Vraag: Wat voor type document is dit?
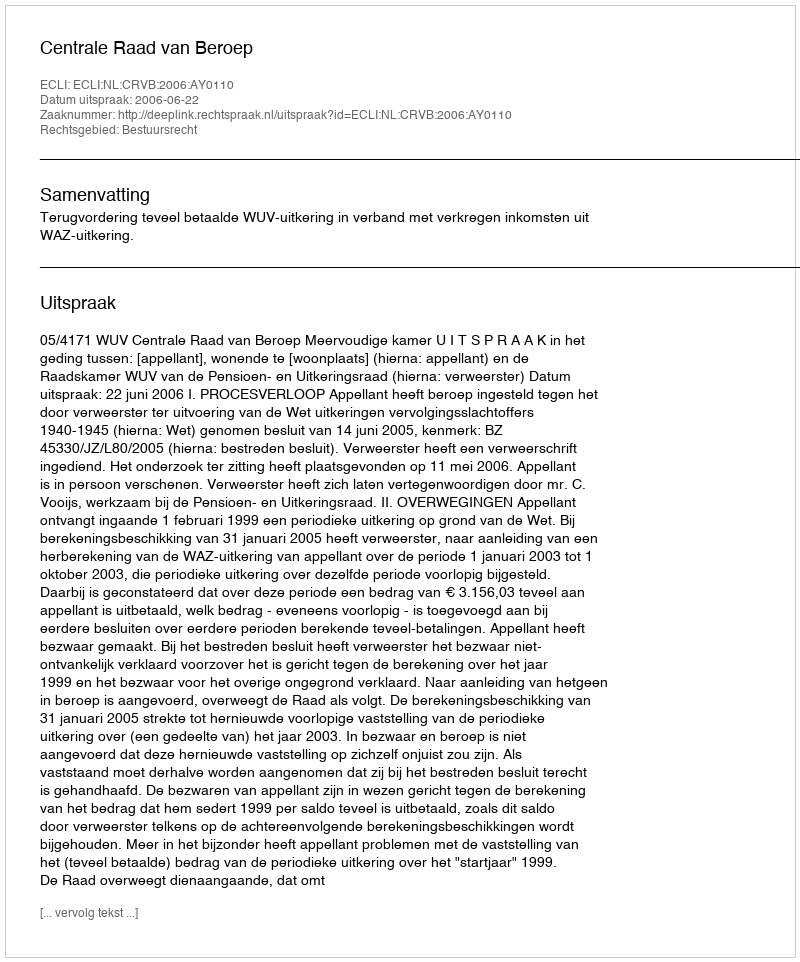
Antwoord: Uitspraak